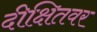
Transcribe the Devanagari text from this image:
दीक्षितवर